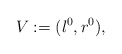
\begin{align*}V:=(l^0, r^0),\end{align*}